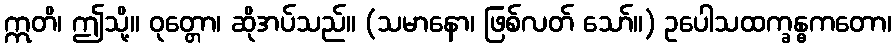
ဣတိ၊ ဤသို့။ ဝုတ္တော၊ ဆိုအပ်သည်။ (သမာနော၊ ဖြစ်လတ် သော်။) ဥပေါသထက္ခန္ဓကတော၊